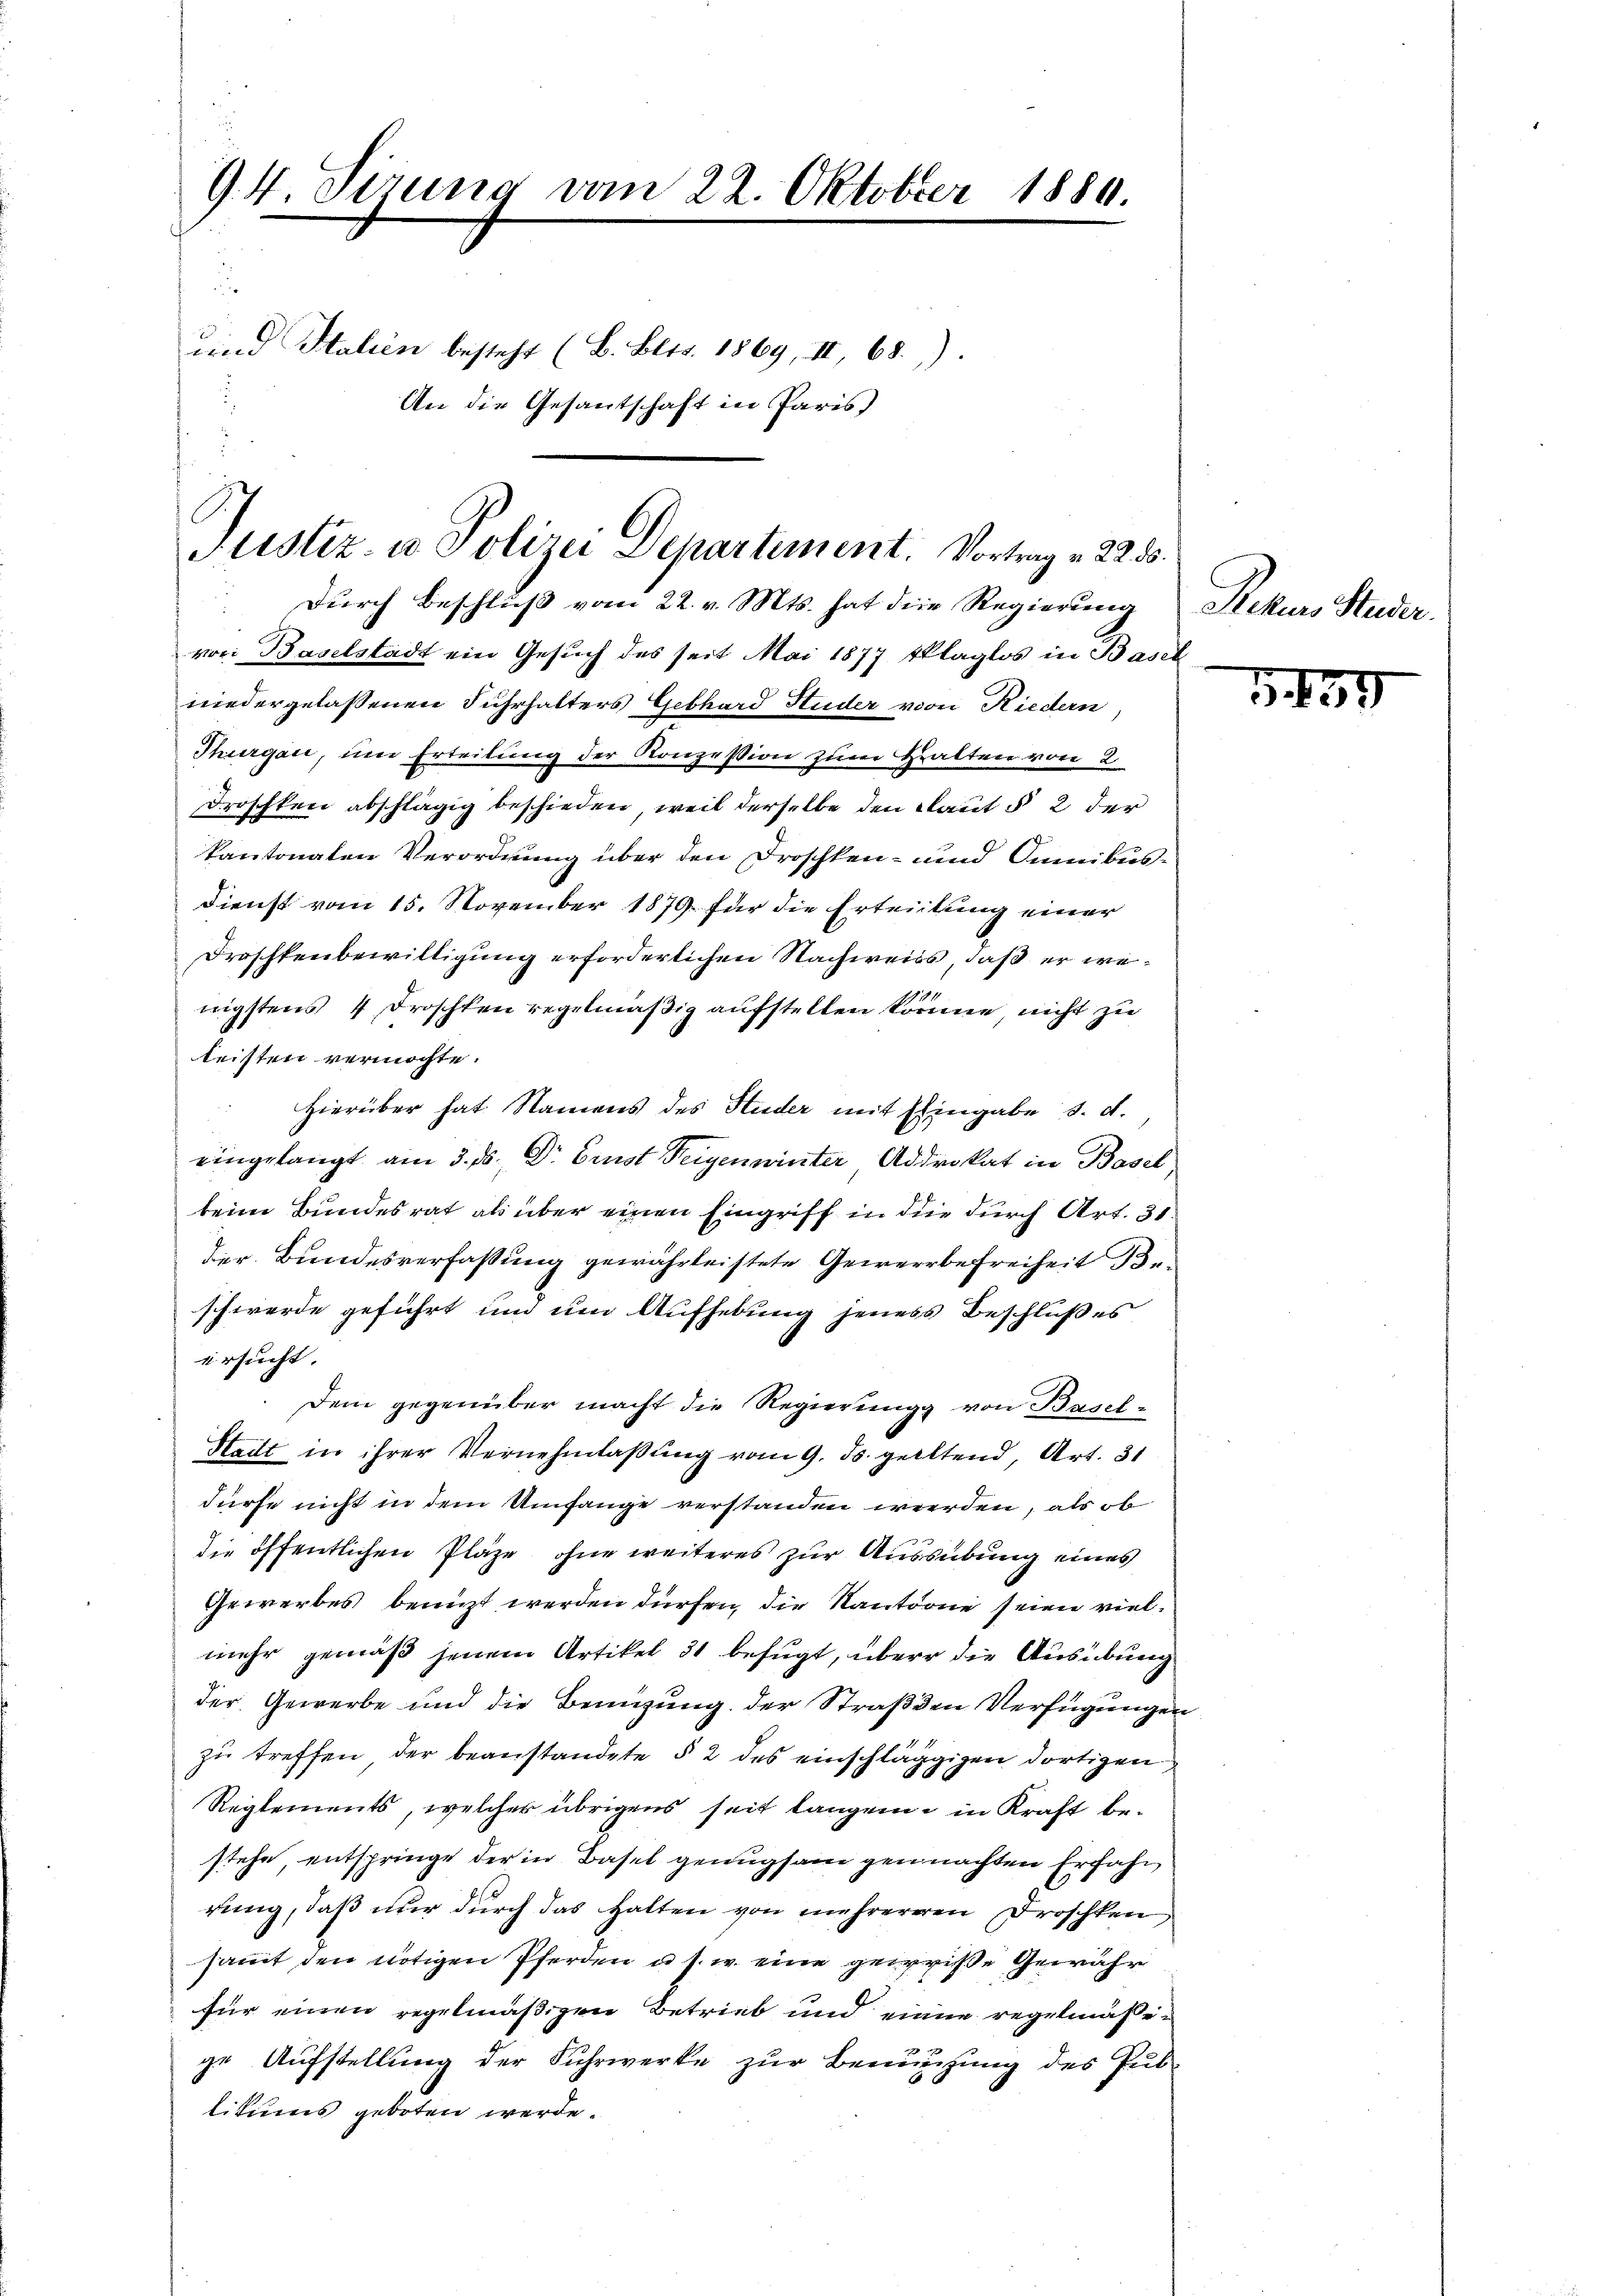
94 Sirung vom 22. Oktober 1889.
uind Stalien besteht (B. Blts. 1869, III 68.)
An die Gesantschaft in Paris

Justiz- u Polizei Departement. Vortrag v. 225.

Durch Beschlŭβ vom 22. v. Mts. hat die Regierung Rekurs Studer.
von Baselstadt ein Gesuch des seit Mai 1877 sklaglos in Basel
niedergelassenen Fuhrhalters Gebhard Studer von Riedern,
Thurgau, um Erteilung der Konzession zum Halten von 2
Droschken abschlägig beschieden, weil derselbe den Raut § 2 der
kantonaten Verordnung über den Droschken- und Omnibus¬
Dienst vom 15. November 1879 für die Erteilung einer
Droschtenbewilligung erforderlichen Nachweiss, daß er wenigstens 4 Droschken regelmäßig aufstellen könne nicht zu
leisten vermöchte.
Hierüber hat Namens des Studer mit Eingabe d. d.
eingelangt am 3. ds. Dr. Ernst Teigenwinter Addrokat in Basel
beim Bundesrat als über einen Eingriff in die durch Art. 31.
der Bundesverfassung gewährleistete Gewerbefreiheit Beschwerde geführt und um Aufhebung jeness Beschlußes
ersucht.
Dem gegenüber macht die Regierung von Basel-
Stadt in ihrer Vernehmlassung vom 9. ds. gelltend, Art. 31
dürfe nicht in dem Umfange verstanden werden, als ob
die öffentlichen Pläze, ohne weiteres zur Aussübung eines
Gewerbes benuzt werden dürfen, die Kantone seien vielmehr gemäß jenem Artikel 31 befugt, über die Ausübung
der Gewerbe und die Benuzung der Straßen Verfügungen
zu treffen der beanstandete § 2 des einschläggigen dortigen
Reglements, welcher übrigens seit langende in Kraft bestehe entspringe der in Basel genugsam gennachten Erfahr
rung, daß nur durch das Halten von mehrereren Droschken
sammt den nötigen Pferden u. s. w. eine geweise Gewähr
für einen regelmäßigen Betrieb und einen regelmäßie
ge Aufstellung der Fuhrwerke zur Bemühung des Pub-
likums geboten werde.

339